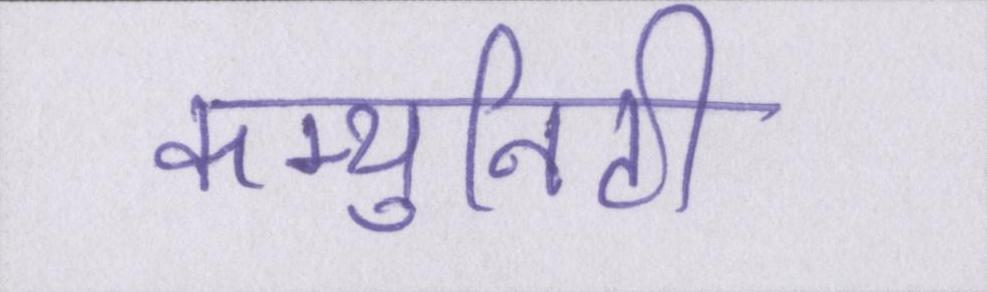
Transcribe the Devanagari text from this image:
कम्युनिटी